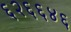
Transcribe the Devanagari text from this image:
६२६६४६